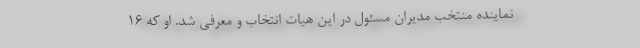
نماینده منتخب مدیران مسئول در این هیات انتخاب و معرفی شد. او که ۱۶